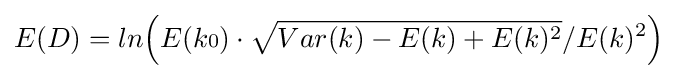
E(D)=ln{\Bigl (}E(k{\scriptstyle {\text{0}}})\cdot {\sqrt {Var(k)-E(k)+E(k)^{2}}}/E(k)^{2}{\Bigl )}